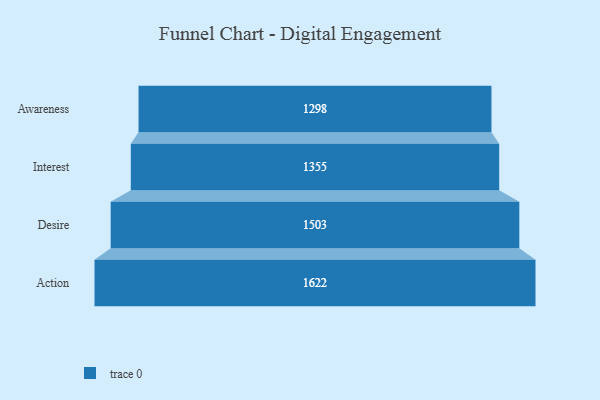
{"axis": {"x": "Stage", "y": "Value"}, "legend": [""], "data": [{"x": "Awareness", "y": 1298.0, "type": ""}, {"x": "Interest", "y": 1355.0, "type": ""}, {"x": "Desire", "y": 1503.0, "type": ""}, {"x": "Action", "y": 1622.0, "type": ""}]}